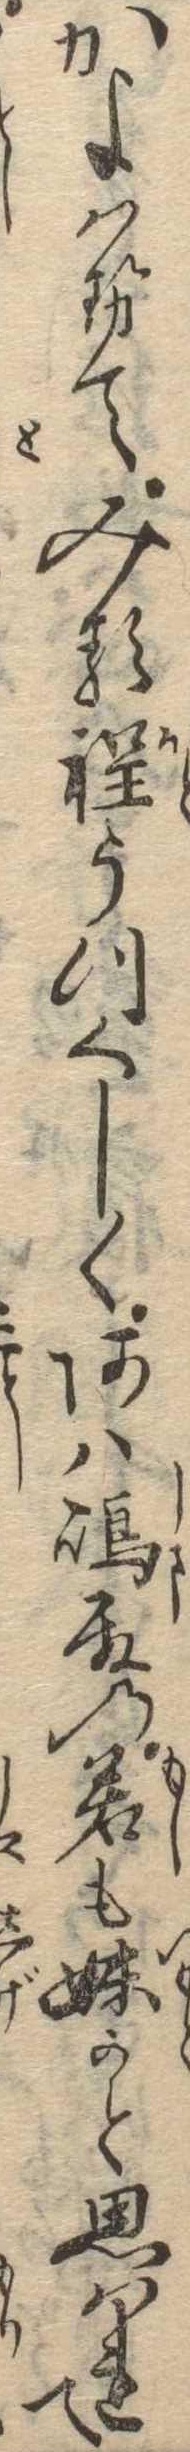
かよはせてみる程うつくしくあは島殿の若も妹かと思はれて